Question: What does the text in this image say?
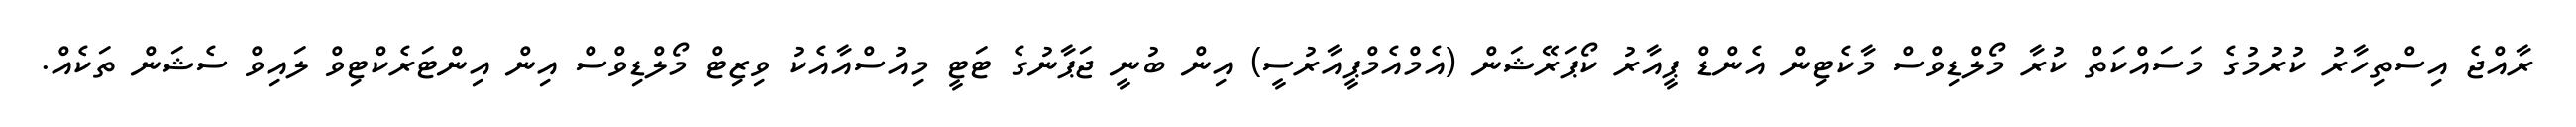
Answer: ރާއްޖެ އިސްތިހާރު ކުރުމުގެ މަސައްކަތް ކުރާ މޯލްޑިވްސް މާކެޓިން އެންޑް ޕީއާރު ކޯޕަރޭޝަން (އެމްއެމްޕީއާރުސީ) އިން ބުނީ ޖަޕާނުގެ ޓަޓީ މިއުސްއާއެކު ވިޒިޓް މޯލްޑިވްސް އިން އިންޓަރެކްޓިވް ލައިވް ސެޝަން ތަކެއް.